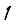
Digit: 1